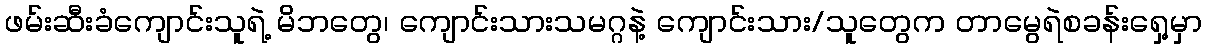
ဖမ်းဆီးခံကျောင်းသူရဲ့ မိဘတွေ၊ ကျောင်းသားသမဂ္ဂနဲ့ ကျောင်းသား/သူတွေက တာမွေရဲစခန်းရှေ့မှာ